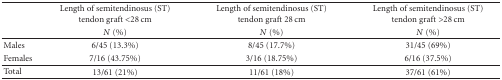
<table><thead><tr><td></td><td><b>Length of semitendinosus (ST) tendon graft &lt;28 cm</b></td><td><b>Length of semitendinosus (ST) tendon graft 28 cm</b></td><td><b>Length of semitendinosus (ST) tendon graft &gt;28 cm</b></td></tr><tr><td></td><td><b><i>N</i> (%)</b></td><td><b><i>N</i> (%)</b></td><td><b><i>N</i> (%)</b></td></tr></thead><tbody><tr><td>Males</td><td>6/45 (13.3%)</td><td>8/45 (17.7%)</td><td>31/45 (69%)</td></tr><tr><td>Females</td><td>7/16 (43.75%)</td><td>3/16 (18.75%)</td><td>6/16 (37.5%) </td></tr><tr><td>Total</td><td>13/61 (21%)</td><td>11/61 (18%)</td><td>37/61 (61%)</td></tr></tbody></table>